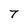
Character: 7